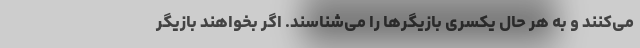
می‌کنند و به هر حال یکسری بازیگرها را می‌شناسند. اگر بخواهند بازیگر